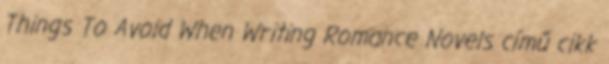
Things To Avoid When Writing Romance Novels című cikk